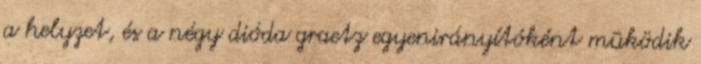
a helyzet, és a négy dióda graetz egyenirányítóként mûködik